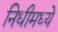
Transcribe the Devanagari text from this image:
निधीमध्ये